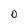
Character: O